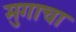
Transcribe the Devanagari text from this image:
मुगाचा